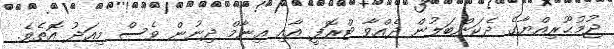
ޖުމުޙޫރިއްޔާގެ ދެކަންބަލުން ދެއްވާ ޓްރޮފީ އާއި ޢިނާމް ދިނުން ވެސް މިއަދު އޮތެވެ.